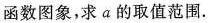
函数图象，求a的取值范围。